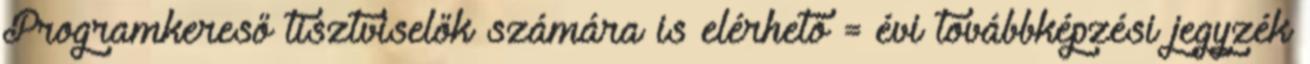
Programkereső tisztviselők számára is elérhető = évi továbbképzési jegyzék